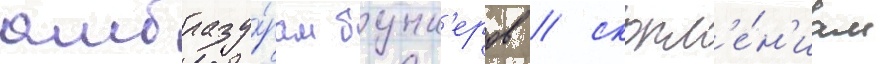
амбразу́рам бунк'еров / скопл'е́н'иам